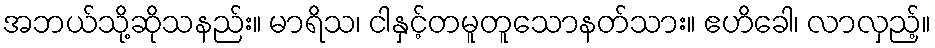
အဘယ်သို့ဆိုသနည်း။ မာရိသ၊ ငါနှင့်တမူတူသောနတ်သား။ ဧဟိခေါ၊ လာလှည့်။